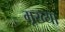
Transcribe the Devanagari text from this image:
मूख्या